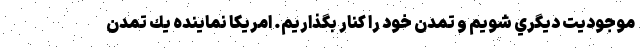
موجوديت ديگري شويم و تمدن خود را كنار بگذاريم. امريكا نماينده يك تمدن